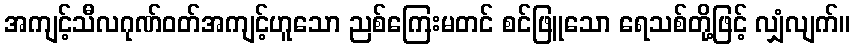
အကျင့်သီလဂုဏ်ဝတ်အကျင့်ဟူသော ညစ်ကြေးမတင် စင်ဖြူသော ရေသစ်တို့ဖြင့် လျှံလျက်။